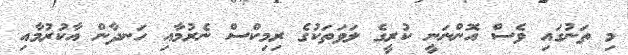
މި ތަނުގައި ވެސް އޮންނަނީ ކުރީގެ ލަވަތަކުގެ ރިމިކްސް ނެރުމާއި ހަނދާން އާކުރުމާއި